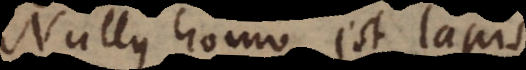
Nullus homo est lapis